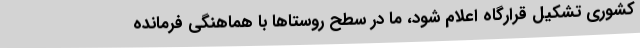
کشوری تشکیل قرارگاه اعلام شود، ما در سطح روستاها با هماهنگی فرمانده